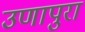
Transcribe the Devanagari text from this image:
उणापुरा